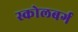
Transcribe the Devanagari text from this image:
स्कोलबर्ग